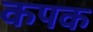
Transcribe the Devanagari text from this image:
कपक